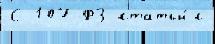
С 107-ФЗ статьи́ с